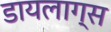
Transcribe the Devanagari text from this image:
डायलाग्स